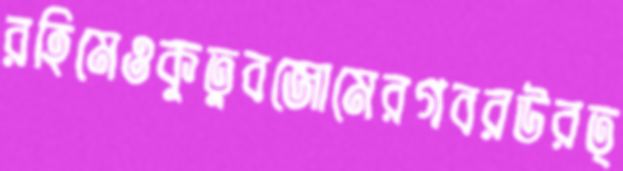
রহিমেওকুতুবজোমেরগবরউরত্